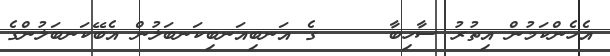
އެހެންކަމުން އިތުރު ސާހިބާ     ގެ އަނބިއަނބިކަނބަލުން އެބޭކަނބަލުންގެ